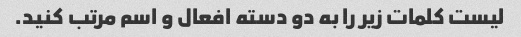
لیست کلمات زیر را به دو دسته افعال و اسم مرتب کنید.